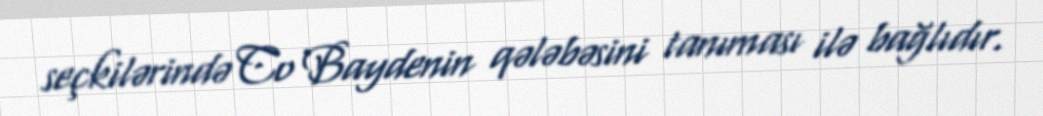
seçkilərində Co Baydenin qələbəsini tanıması ilə bağlıdır.